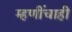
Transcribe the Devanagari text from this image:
म्हणींचाही